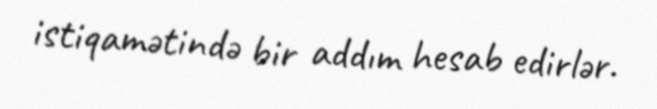
istiqamətində bir addım hesab edirlər.